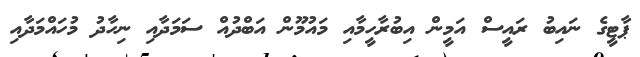
ޕާޓީގެ ނައިބު ރައީސް އަމީން އިބުރާހީމާއި މައުމޫން އަބްދުއް ސަމަދާއި ނިހާދު މުހައްމަދާއި